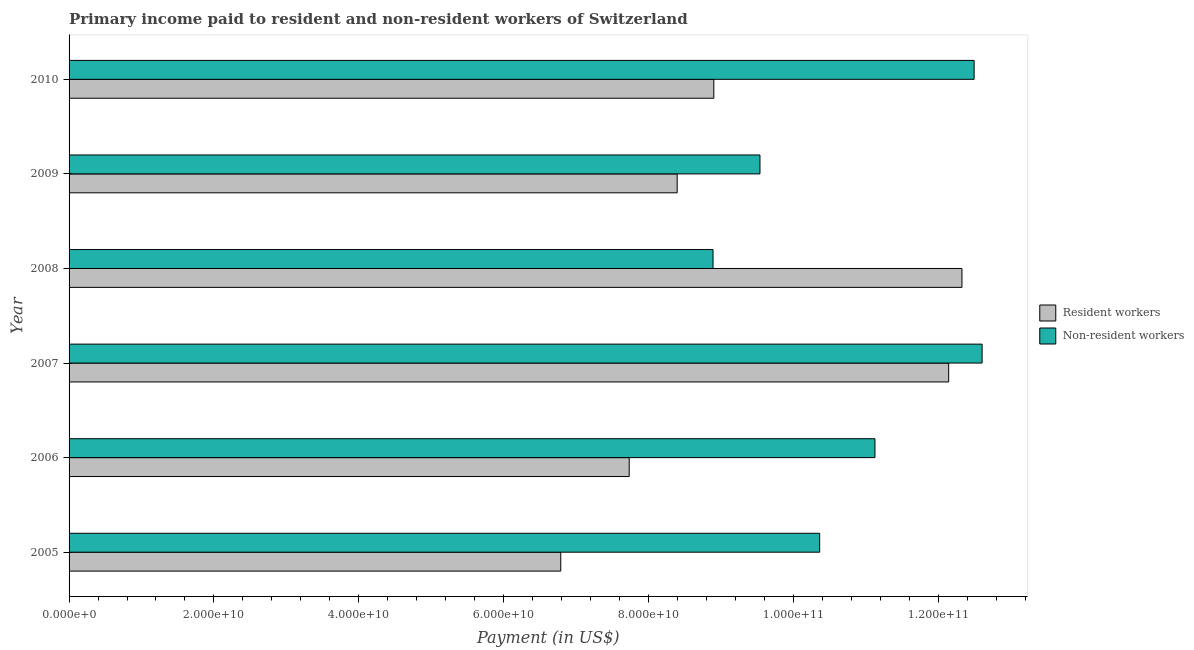
| Year | Resident workers | Non-resident workers |
 | --- | --- | --- |
 | 2005 | 6.79e+10 | 1.04e+11 |
 | 2006 | 7.73e+10 | 1.11e+11 |
 | 2007 | 1.21e+11 | 1.26e+11 |
 | 2008 | 1.23e+11 | 8.89e+10 |
 | 2009 | 8.4e+10 | 9.54e+10 |
 | 2010 | 8.9e+10 | 1.25e+11 |